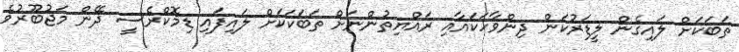
ތަބަކަށް ލައިގެން ލީޑަރުކަން ދިންވާހަކައާއި ރައްޔިތުންނަށް ތަބަކަކަށް ލައިފައި ޑިމޮކްރެސީ ދޭން މަޖުބޫރުވެ